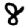
Digit: 8